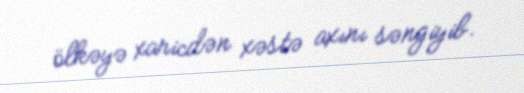
ölkəyə xaricdən xəstə axını səngiyib.